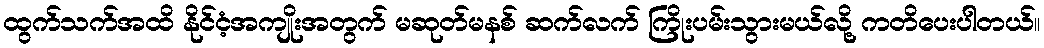
ထွက်သက်အထိ နိုင်ငံ့အကျိုးအတွက် မဆုတ်မနစ် ဆက်လက် ကြိုးပမ်းသွားမယ်လို့ ကတိပေးပါတယ်။